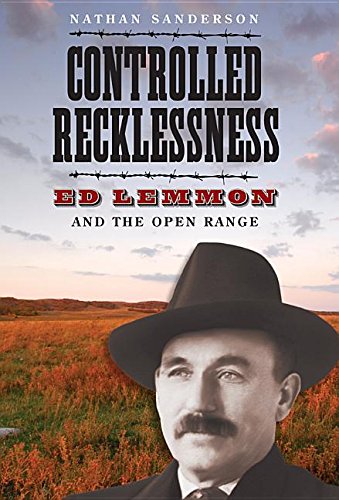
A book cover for Controlled Recklessness: Ed Lemmon and the Open Range (South Dakota Biography Series); Nathan Sanderson; Biographies & Memoirs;